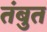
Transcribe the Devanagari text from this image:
तंबुत